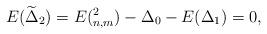
LaTeX: \begin{align*}E(\widetilde{\Delta}_{2})=E(_{n,m}^{2})-\Delta_{0}-E(\Delta_{1})=0,\end{align*}